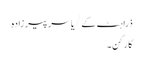
ذراہٹ کے/یاسر پیر زادہ
کارکن۔